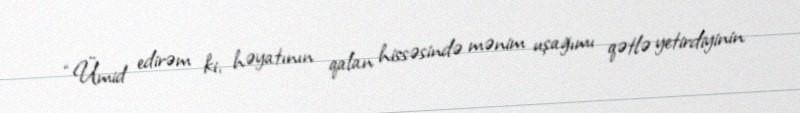
“Ümid edirəm ki, həyatının qalan hissəsində mənim uşağımı qətlə yetirdiyinin